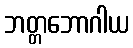
ဘတ္တဘောဂါယ